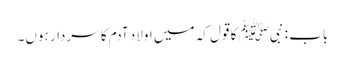
باب : نبیﷺ کا قول کہ میں اولاد آدم کا سردار ہوں۔